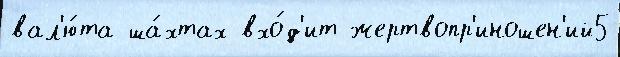
вал'ю́та ша́хтах вхо́д'ит жертвопр'иношен'ий5